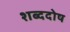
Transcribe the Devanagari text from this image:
शब्ददोष